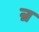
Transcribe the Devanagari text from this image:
न्र